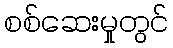
စစ်ဆေးမှုတွင်